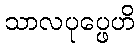
သာလပုပ္ဖေဟိ